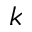
k